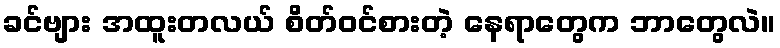
ခင်ဗျား အထူးတလယ် စိတ်ဝင်စားတဲ့ နေရာတွေက ဘာတွေလဲ။